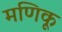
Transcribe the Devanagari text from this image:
मणिकू